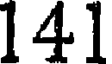
141